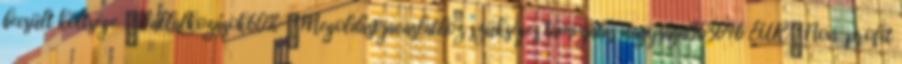
becsült költsége ▪Vállalkozások60% ▪Megoldási javaslathoz szükséges támogatás nagysága963646 EUR▪Non-profit